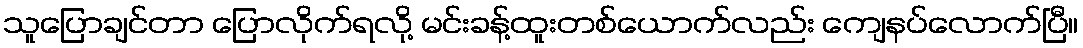
သူပြောချင်တာ ပြောလိုက်ရလို့ မင်းခန့်ထူးတစ်ယောက်လည်း ကျေနပ်လောက်ပြီ။